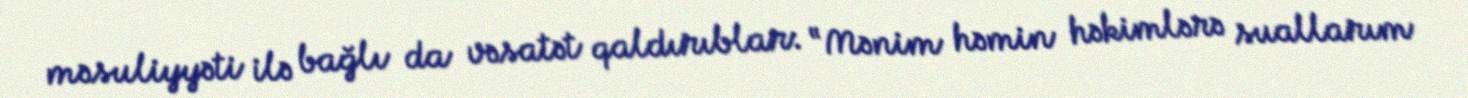
məsuliyyəti ilə bağlı da vəsatət qaldırıblar: “Mənim həmin həkimlərə suallarım